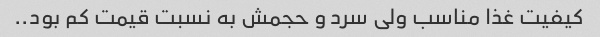
کیفیت غذا مناسب ولی سرد و حجمش به نسبت قیمت کم بود..